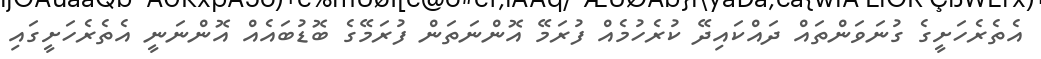
އެތެރެހަށީގެ ގުނަވަންތައް ދައްކައިދޭ ކުރެހުމެއް ފުރަމޭ އޮންނަތަން ފުރަމޭގެ ބޮޑުބައެއް އޮންނަނީ އެތެރެހަށީގައި